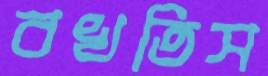
বখতিস